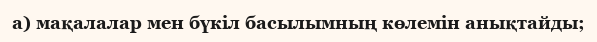
а) мақалалар мен бүкіл басылымның көлемін анықтайды;